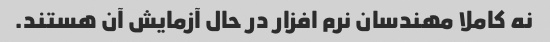
نه کاملا مهندسان نرم افزار در حال آزمایش آن هستند.